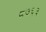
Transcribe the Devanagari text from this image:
८७६३